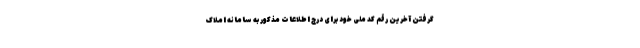
گرفتن آخرین رقم کد ملی خود برای درج اطلاعات مذکور به سامانه املاک